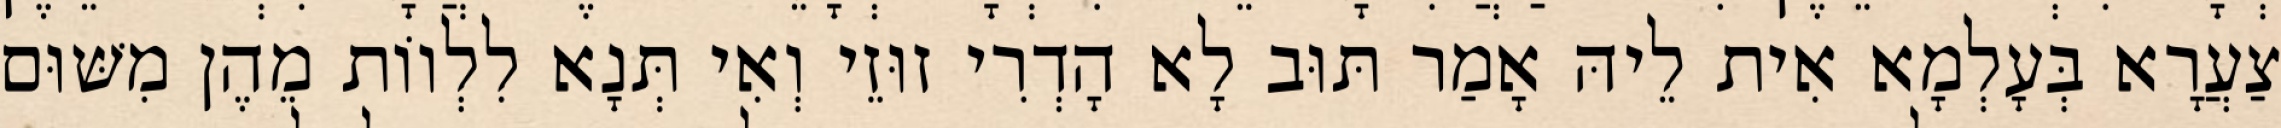
צַעֲרָא בְּעָלְמָא אִית לֵיהּ אָמַר תּוּב לָא הָדְרִי זוּזֵי וְאִי תְּנָא לִלְווֹת מֵהֶן מִשּׁוּם